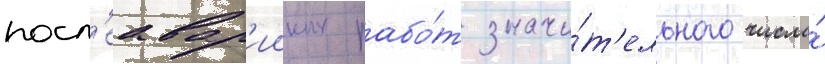
посл'еавар'ииных рабо́т значи́т'ельного числа́